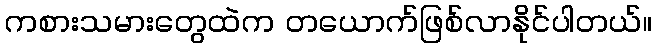
ကစားသမားတွေထဲက တယောက်ဖြစ်လာနိုင်ပါတယ်။